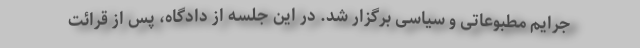
جرایم مطبوعاتی و سیاسی برگزار شد. در این جلسه از دادگاه، پس از قرائت